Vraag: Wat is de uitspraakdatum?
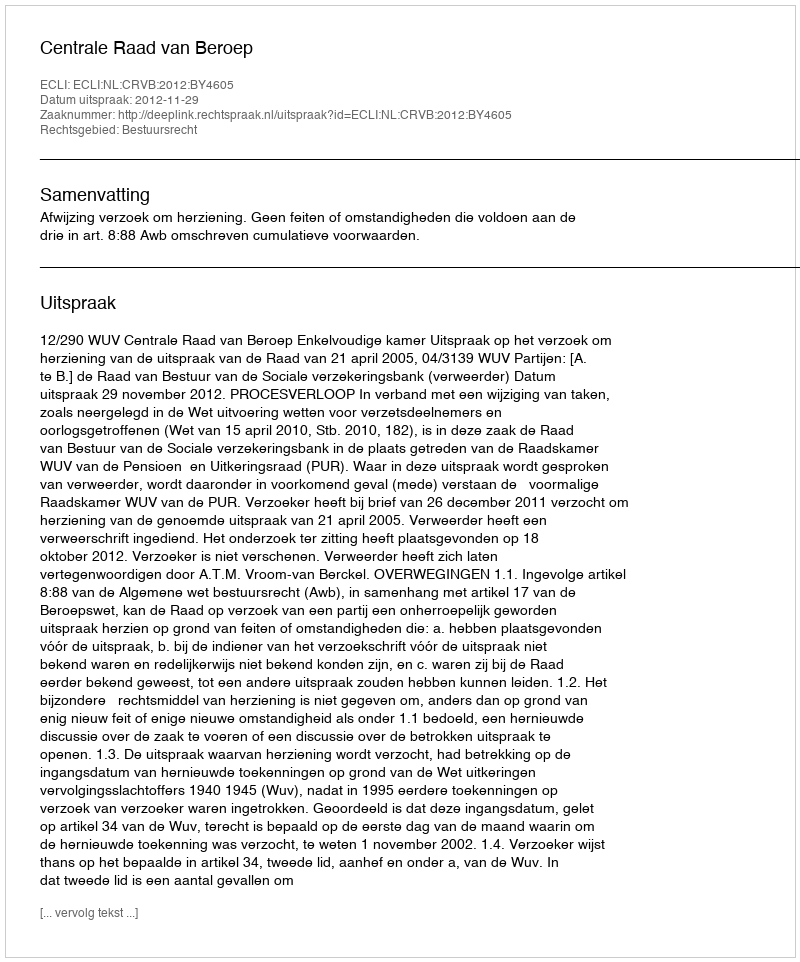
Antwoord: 2012-11-29